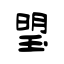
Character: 琞